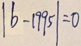
\vert b - 1 9 9 5 \vert = 0